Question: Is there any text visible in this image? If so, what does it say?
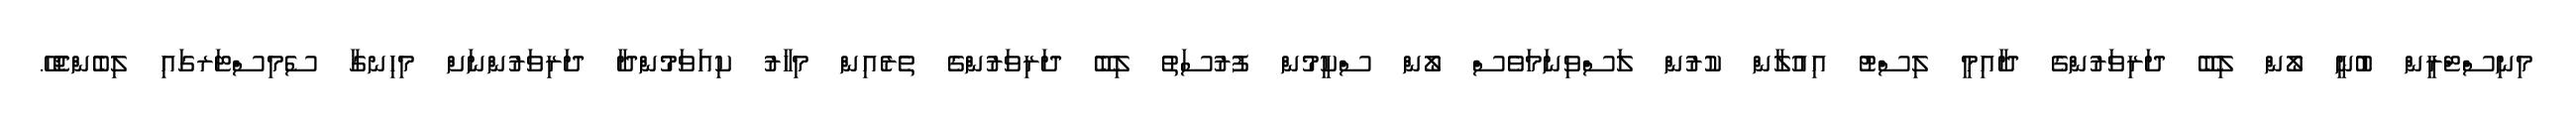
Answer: މިނިސްޓްރީން ބުނީ ލޯން ލިބޭ ދަރިވަރުންގެ ދާއިމީ ލިސްޓު އިއުލާން ކުރުން ލަސްވިނަމަވެސް ލޯން ސްކީމުން ފުރުސަތު ލިބޭ ދަރިވަރުންގެ ތެރެއިން މިހާރު ކިއަވަމުންދާ ދަރިވަރުންނަށް މިހިނގާ ސެމިސްޓަރގައި ލިބެންޖެހޭ.